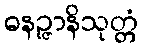
ဓနဉ္ဇာနိသုတ္တံ